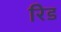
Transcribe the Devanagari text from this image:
रेिड